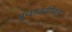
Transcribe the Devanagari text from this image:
मृच्छकटिकम्‌